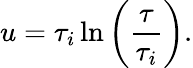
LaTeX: u=\tau_{i}\ln\left({\frac{\tau}{\tau_{i}}}\right).